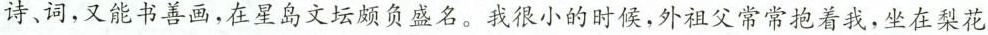
诗、词，又能书善画，在星岛文坛颇负盛名。我很小的时候，外祖父常常抱着我，坐在梨花